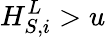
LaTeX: H_{S,i}^{L}>u